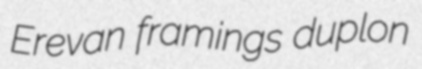
Erevan framings duplon